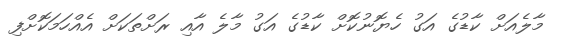
މާލެއަށް ކާޑުގެ އަގު ހެޔޮނުކޮށް ކާޑުގެ އަގު މާލެ އާއި ރަށްތަކަށް އެއްހަމަކޮށްފި